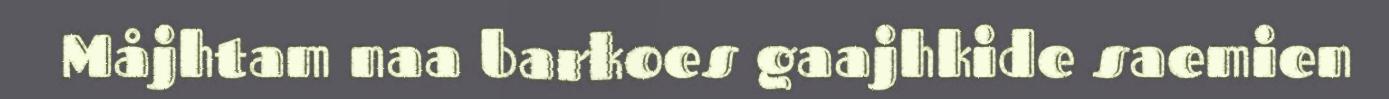
Måjhtam naa barkoes gaajhkide saemien